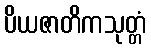
ပိယဇာတိကသုတ္တံ